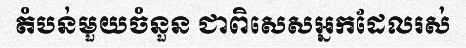
តំបន់មួយចំនួន ជាពិសេសអ្នកដែលរស់